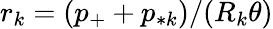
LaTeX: r_{k}=(p_{+}+p_{*k})/(R_{k}\theta)